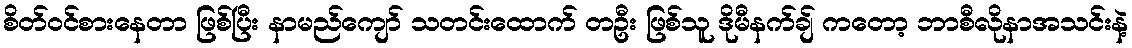
စိတ်ဝင်စားနေတာ ဖြစ်ပြီး နာမည်ကျော် သတင်းထောက် တဦး ဖြစ်သူ ဒိုမီနက်ချ် ကတော့ ဘာစီလိုနာအသင်းနဲ့